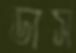
ডাস